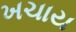
ખચાય